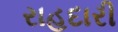
રાહદારી